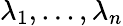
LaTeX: \lambda_{1},...,\lambda_{n}